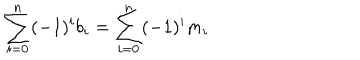
LaTeX: \sum _ { i = 0 } ^ { n } ( - 1 ) ^ { i } b _ { i } = \sum _ { i = 0 } ^ { n } ( - 1 ) ^ { i } m _ { i }